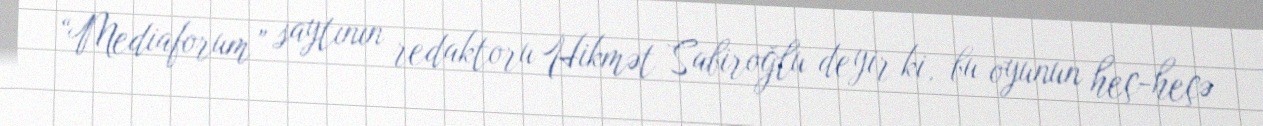
“Mediaforum” saytının redaktoru Hikmət Sabiroğlu deyir ki, bu oyunun heç-heçə